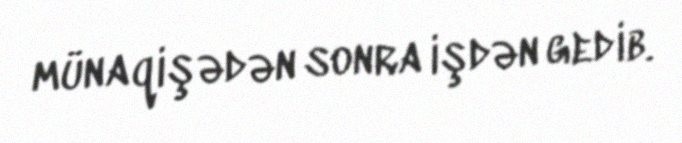
münaqişədən sonra işdən gedib.